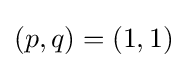
(p,q)=(1,1)